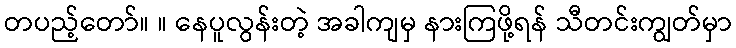
တပည့်တော်။ ။ နေပူလွန်းတဲ့ အခါကျမှ နားကြဖို့ရန် သီတင်းကျွတ်မှာ